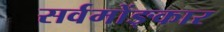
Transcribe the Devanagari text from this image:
सर्वमोंङ्कार